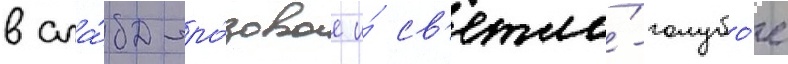
в сла́бо-ро́зовое и́ св'етло́-голубо́е